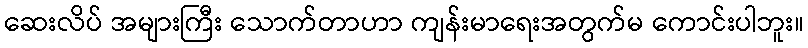
ဆေးလိပ် အများကြီး သောက်တာဟာ ကျန်းမာရေးအတွက်မ ကောင်းပါဘူး။